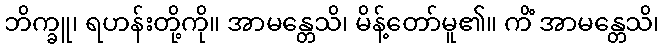
ဘိက္ခူ၊ ရဟန်းတို့ကို။ အာမန္တေသိ၊ မိန့်တော်မူ၏။ ကိံ အာမန္တေသိ၊